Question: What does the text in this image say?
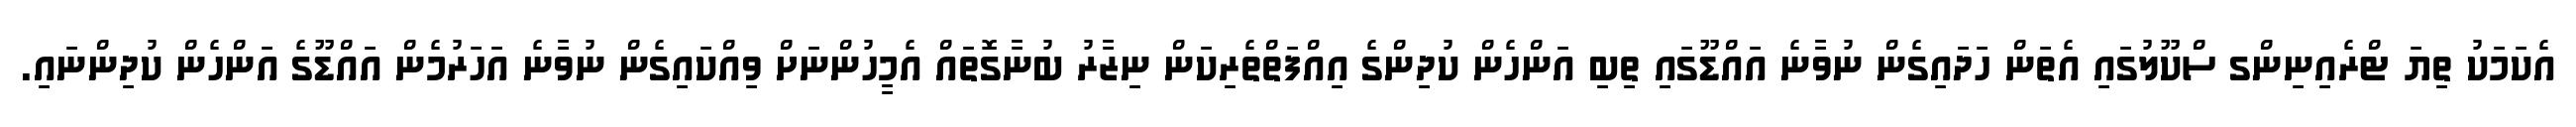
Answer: އެކަމަކު ތިޔަ ޓްރެއިނިންގ ސްކޫލުގައި އެތަން ހަދައިގެން ނުވާނެ އައްޑޫގައި ތިބި އަންހެން ކުދިންގެ އިއްފަތްތެރިކަން ނިޒާރު ބުނާގޮތައް އެމީހުންނަށް ވިއްކައިގެން ނުވާނެ އަހަރުމެން އައްޑޫގެ އަންހެން ކުދިންނައި.